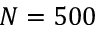
N = 5 0 0